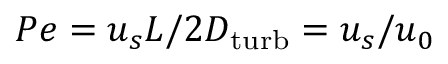
P e = u _ { s } L / 2 D _ { \mathrm { t u r b } } = u _ { s } / u _ { 0 }